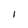
Character: 1